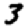
Digit: 3